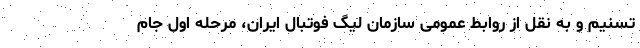
تسنیم و به نقل از روابط عمومی سازمان لیگ فوتبال ایران، مرحله اول جام